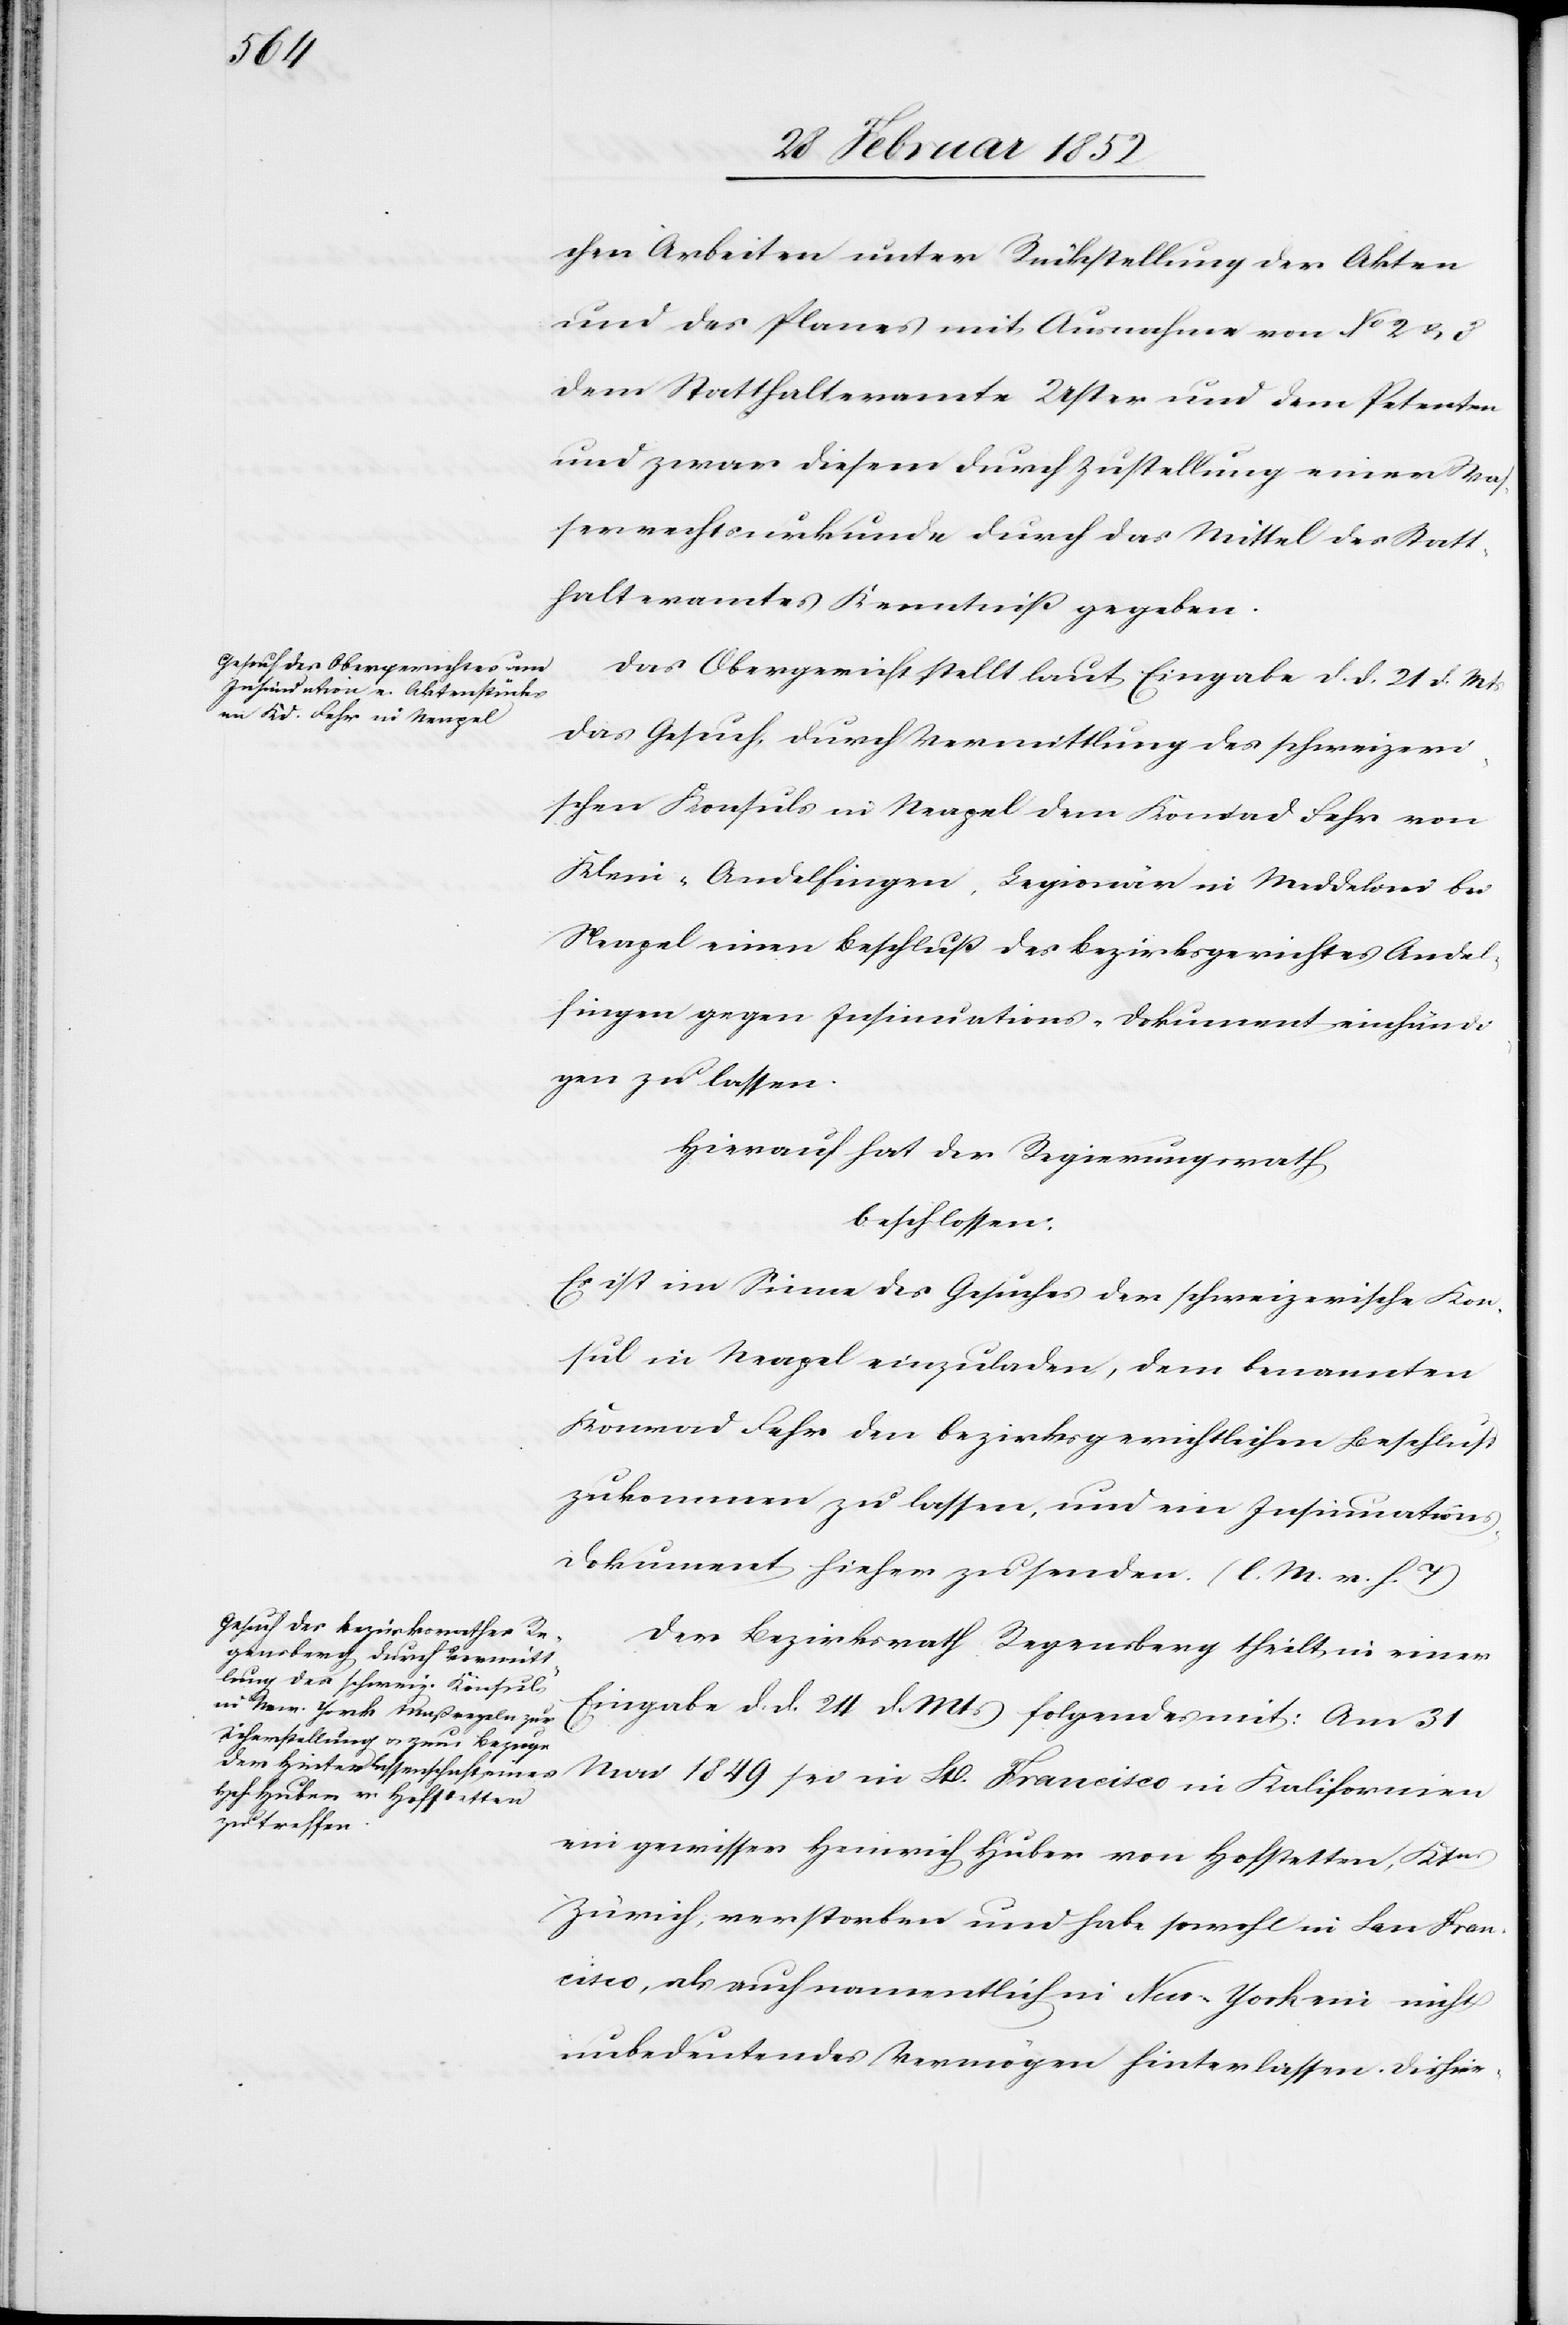
chen Arbeiten unter Rückstellung der Akten
und des Planes mit Ausnahme von No 2 u. 3
dem Statthalteramte Uster und dem Petenten
und zwar diesem durch Zustellung einer Was¬
serrechtsurkunde durch das Mittel des Statt¬
halteramtes Kenntniß gegeben.
Das Obergericht stellt laut Eingabe d. d. 21 d. Mts
das Gesuch, durch Vermittlung des schweizeri¬
schen Konsuls in Neapel dem Konrad Fehr von
Klein-Andelfingen, Legionär in Meddeloni bei
Neapel einen Beschluß des Bezirksgerichtes Andel¬
fingen gegen Insinuations-Dokument einhändi¬
gen zu lassen.
Hierauf hat der Regierungsrath
beschlossen.
Es ist im Sinne des Gesuches der schweizerische Kon¬
sul in Neapel einzuladen, dem benannten
Konrad Fehr den bezirksgerichtlichen Beschluß
zukommen zu lassen, und ein Insinuations¬
dokument hieher zu senden. (l. M. v. h. T.)
Der Bezirksrath Regensberg theilt in einer
Eingabe d. d. 24 d. Mts folgendes mit: Am 31
Mai 1849 sei in St. Francisco in Kalifornien
ein gewisser Heinrich Huber von Hofstetten, Kts
Zürich, verstorben und habe sowohl in San Fran¬
cisco, als auch namentlich in New-York ein nicht
unbedeutendes Vermögen hinterlassen. Die hier-